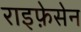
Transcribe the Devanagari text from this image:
राइफ़ेसेन